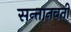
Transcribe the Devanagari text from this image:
सन्तानवती